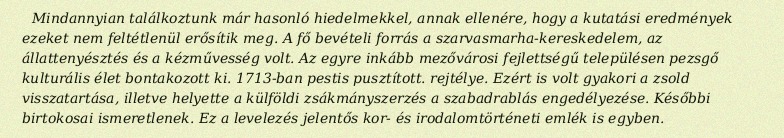
Mindannyian találkoztunk már hasonló hiedelmekkel, annak ellenére, hogy a kutatási eredmények ezeket nem feltétlenül erősítik meg. A fő bevételi forrás a szarvasmarha-kereskedelem, az állattenyésztés és a kézművesség volt. Az egyre inkább mezővárosi fejlettségű településen pezsgő kulturális élet bontakozott ki. 1713-ban pestis pusztított. rejtélye. Ezért is volt gyakori a zsold visszatartása, illetve helyette a külföldi zsákmányszerzés a szabadrablás engedélyezése. Későbbi birtokosai ismeretlenek. Ez a levelezés jelentős kor- és irodalomtörténeti emlék is egyben.